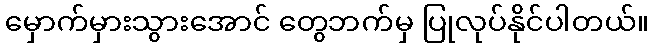
မှောက်မှားသွားအောင် တွေဘက်မှ ပြုလုပ်နိုင်ပါတယ်။